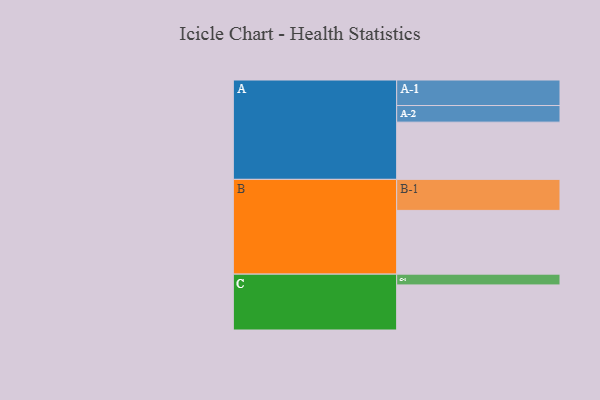
{"axis": {"x": "Segment", "y": "Value"}, "legend": ["", "A", "B", "C"], "data": [{"x": "A", "y": 509, "type": ""}, {"x": "B", "y": 567, "type": ""}, {"x": "C", "y": 401, "type": ""}, {"x": "A-1", "y": 227, "type": "A"}, {"x": "A-2", "y": 148, "type": "A"}, {"x": "B-1", "y": 276, "type": "B"}, {"x": "C-1", "y": 96, "type": "C"}]}